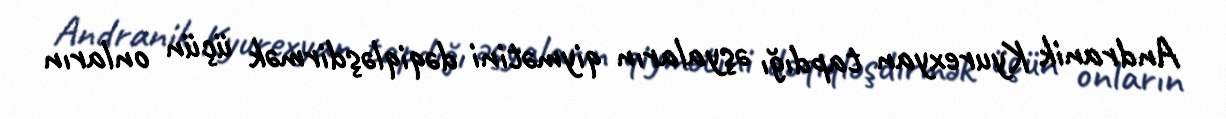
Andranik Kyurexyan tapdığı əşyaların qiymətini dəqiqləşdirmək üçün onların